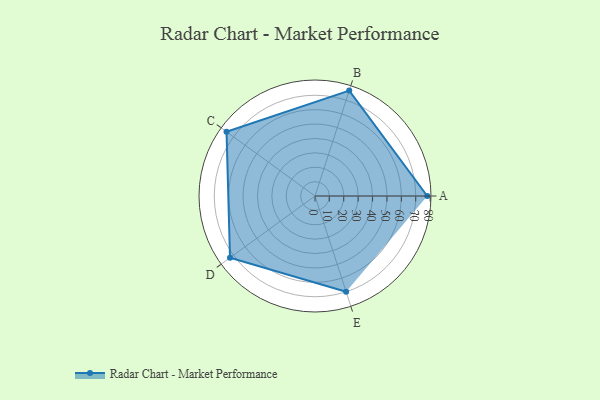
{"axis": {"x": "Skill", "y": "Score"}, "legend": ["Profile"], "data": [{"x": "A", "y": 78.0, "type": "Profile"}, {"x": "B", "y": 77.0, "type": "Profile"}, {"x": "C", "y": 76.0, "type": "Profile"}, {"x": "D", "y": 73.0, "type": "Profile"}, {"x": "E", "y": 70.0, "type": "Profile"}]}